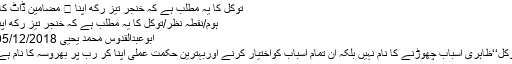
توکل کا یہ مطلب ہے کہ خنجر تیز رکھ اپنا ⋆ مضامین ڈاٹ کام
ہوم/نقطہ نظر/توکل کا یہ مطلب ہے کہ خنجر تیز رکھ اپنا
ابوعبدالقدوس محمد یحییٰ 05/12/2018
توکُّل‘‘ظاہری اسباب چھوڑنے کا نام نہیں بلکہ ان تمام اسباب کواختیار کرنے اوربہترین حکمت عملی اپنا کر رب پر بھروسہ کا نام ہے۔